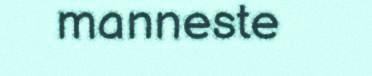
manneste